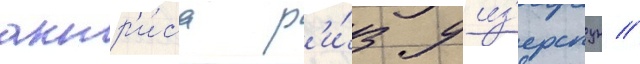
актр'и́са р'и́з уиз'ерспун //